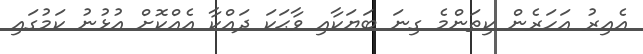
އެއިރު އަހަރެން ކިތަންމެ ގިނަ ބަޔަކާއި ވާޙަކަ ދައްކާ އެއްކޮށް އުޅުނު ކަމުގައި